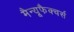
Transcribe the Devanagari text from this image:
मैन्यूफैक्चर्स